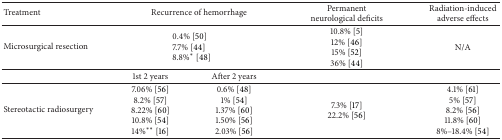
<table><thead><tr><td><b>Treatment</b></td><td colspan="2"><b>Recurrence of hemorrhage</b></td><td><b>Permanent neurological deficits</b></td><td><b>Radiation-induced adverse effects</b></td></tr></thead><tbody><tr><td>Microsurgical resection</td><td colspan="2">0.4% [50]7.7% [44]8.8%<sup>*</sup> [48]</td><td>10.8% [5]12% [46]15% [52]36% [44]</td><td>N/A</td></tr><tr><td> </td><td>1st 2 years</td><td>After 2 years</td><td> </td><td> </td></tr><tr><td>Stereotactic radiosurgery</td><td>7.06% [56]8.2% [57]8.22% [60]10.8% [54]14%<sup>**</sup> [16]</td><td>0.6% [48]1% [54]1.37% [60]1.50% [56]2.03% [56]</td><td>7.3% [17]22.2% [56]</td><td>4.1% [61]5% [57]8.2% [56]11.8% [60]8%–18.4% [54] </td></tr></tbody></table>